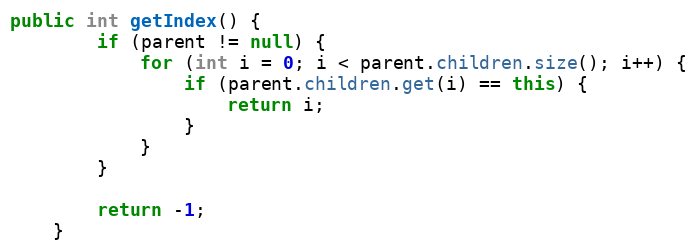
Language: Java
public int getIndex() {
        if (parent != null) {
            for (int i = 0; i < parent.children.size(); i++) {
                if (parent.children.get(i) == this) {
                    return i;
                }
            }
        }

        return -1;
    }